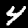
Label: 4